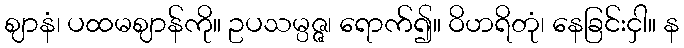
ဈာနံ၊ ပထမဈာန်ကို။ ဥပသမ္ပဇ္ဇ၊ ရောက်၍။ ဝိဟရိတုံ၊ နေခြင်းငှါ။ န